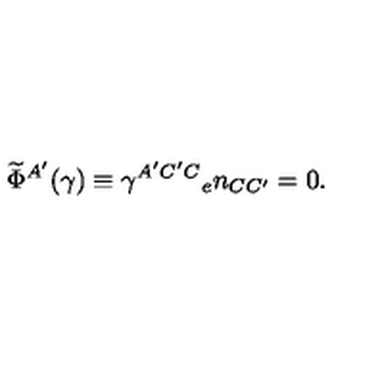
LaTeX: { \widetilde \Phi } ^ { A ^ { \prime } } ( \gamma ) \equiv \gamma ^ { A ^ { \prime } C ^ { \prime } C } { _ { e } n _ { C C ^ { \prime } } } = 0 .